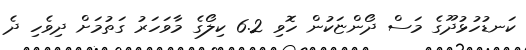
ކަނޑުހުޅުދޫގެ މަސް ދޯންޏަކުން ހޮވި 6.2 ކިލޯގެ މާވަހަރު ގަތުމަށް ދިވެހި ދެ